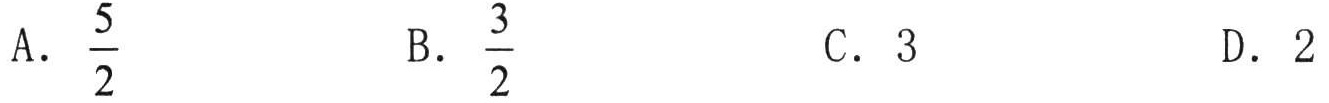
A. \(\frac{5}{2}\)  B. \(\frac{3}{2}\)  C. \(3\)  D. \(2\)